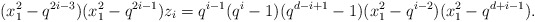
\begin{align*} (x_1^2 - q^{2i-3})(x_1^2 - q^{2i-1}) z_i = q^{i-1}(q^i-1)(q^{d-i+1}-1)(x_1^2 - q^{i-2})(x_1^2 - q^{d+i-1}).\end{align*}